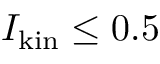
I _ { \mathrm { k i n } } \leq 0 . 5